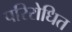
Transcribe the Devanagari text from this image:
परिरोधित